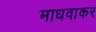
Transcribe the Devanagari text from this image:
माधवाकर